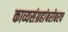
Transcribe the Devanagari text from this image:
काव्यसंग्रहांबरोबरच